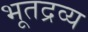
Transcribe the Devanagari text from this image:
भूतद्रव्य